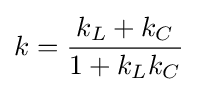
k={\frac {k_{L}+k_{C}}{1+k_{L}k_{C}}}